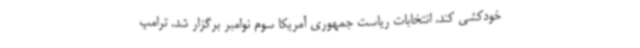
خودکشی کند. انتخابات ریاست‌ جمهوری آمریکا سوم نوامبر برگزار شد. ترامپ